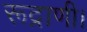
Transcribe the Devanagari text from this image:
रूद्राणी।